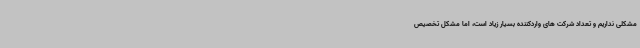
مشکلی نداریم و تعداد شرکت های واردکننده بسیار زیاد است، اما مشکل تخصیص